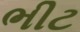
ભીટ